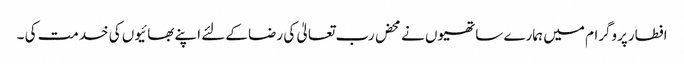
افطارپروگرام میں ہمارے ساتھیوں نے محض رب تعالیٰ کی رضا کےلئے اپنے بھائیوں کی خدمت کی ۔